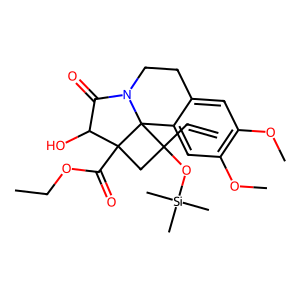
SMILES: C=CC1(O[Si](C)(C)C)CC2(C(=O)OCC)C(O)C(=O)N3CCc4cc(OC)c(OC)cc4C312
Inhibits HIV replication: No